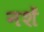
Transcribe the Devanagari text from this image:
नशें